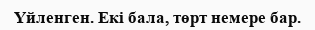
Үйленген. Екі бала, төрт немере бар.